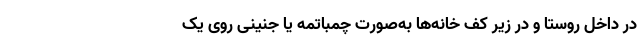
در داخل روستا و در زیر کف خانه‌ها به‌صورت چمباتمه یا جنینی روی یک